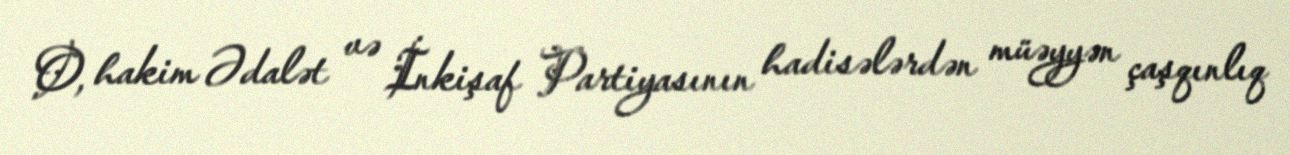
O, hakim Ədalət və İnkişaf Partiyasının hadisələrdən müəyyən çaşqınlıq